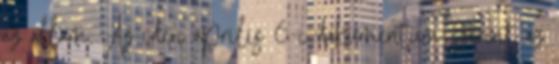
az állam. Az idén április 6-i dokumentum szerint az